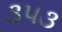
૩૫૩